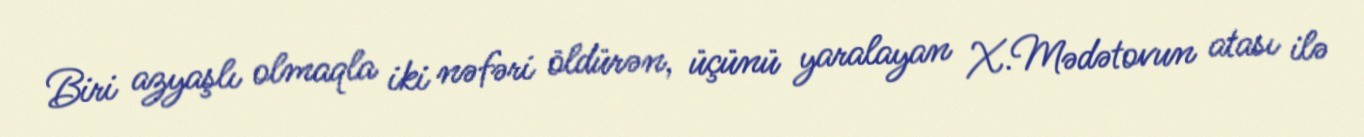
Biri azyaşlı olmaqla iki nəfəri öldürən, üçünü yaralayan X.Mədətovun atası ilə